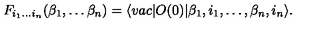
F _ { i _ { 1 } \dots i _ { n } } ( \beta _ { 1 } , \dots \beta _ { n } ) = \langle v a c \vert O ( 0 ) \vert \beta _ { 1 } , i _ { 1 } , \dots , \beta _ { n } , i _ { n } \rangle .